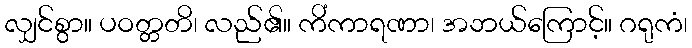
လျှင်စွာ။ ပဝတ္တတိ၊ လည်၏။ ကိံကာရဏာ၊ အဘယ်ကြောင့်။ ဂရုကံ၊